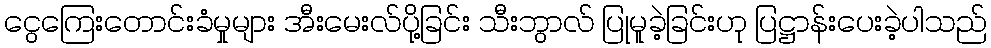
ငွေကြေးတောင်းခံမှုများ အီးမေးလ်ပို့ခြင်း သီးဘွာလ် ပြုမူခဲ့ခြင်းဟု ပြဋ္ဌာန်းပေးခဲ့ပါသည်